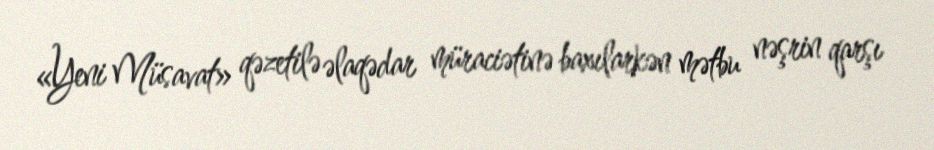
«Yeni Müsavat» qəzetilə əlaqədar müraciətinə baxılarkən mətbu nəşrin qarşı